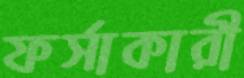
ফর্সাকারী